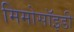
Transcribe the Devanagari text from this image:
मिमोसॉइडी